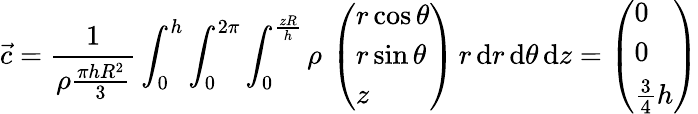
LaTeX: \vec{c}=\frac{1}{\rho\frac{\pi hR^{2}}{3}}\int_{0}^{h}\int_{0}^{2\pi}\int_{0}^{\frac{zR}{h}}\rho\, \left(\begin{array}{l}{r\cos\theta}\\ {r\sin\theta}\\ {z}\end{array}\right)\, r\, \mathrm{d}r\, \mathrm{d}\theta\, \mathrm{d}z=\left(\begin{array}{l}{0}\\ {0}\\ {\frac{3}{4}h}\end{array}\right)